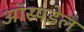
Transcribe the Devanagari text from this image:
ऑस्पडेल